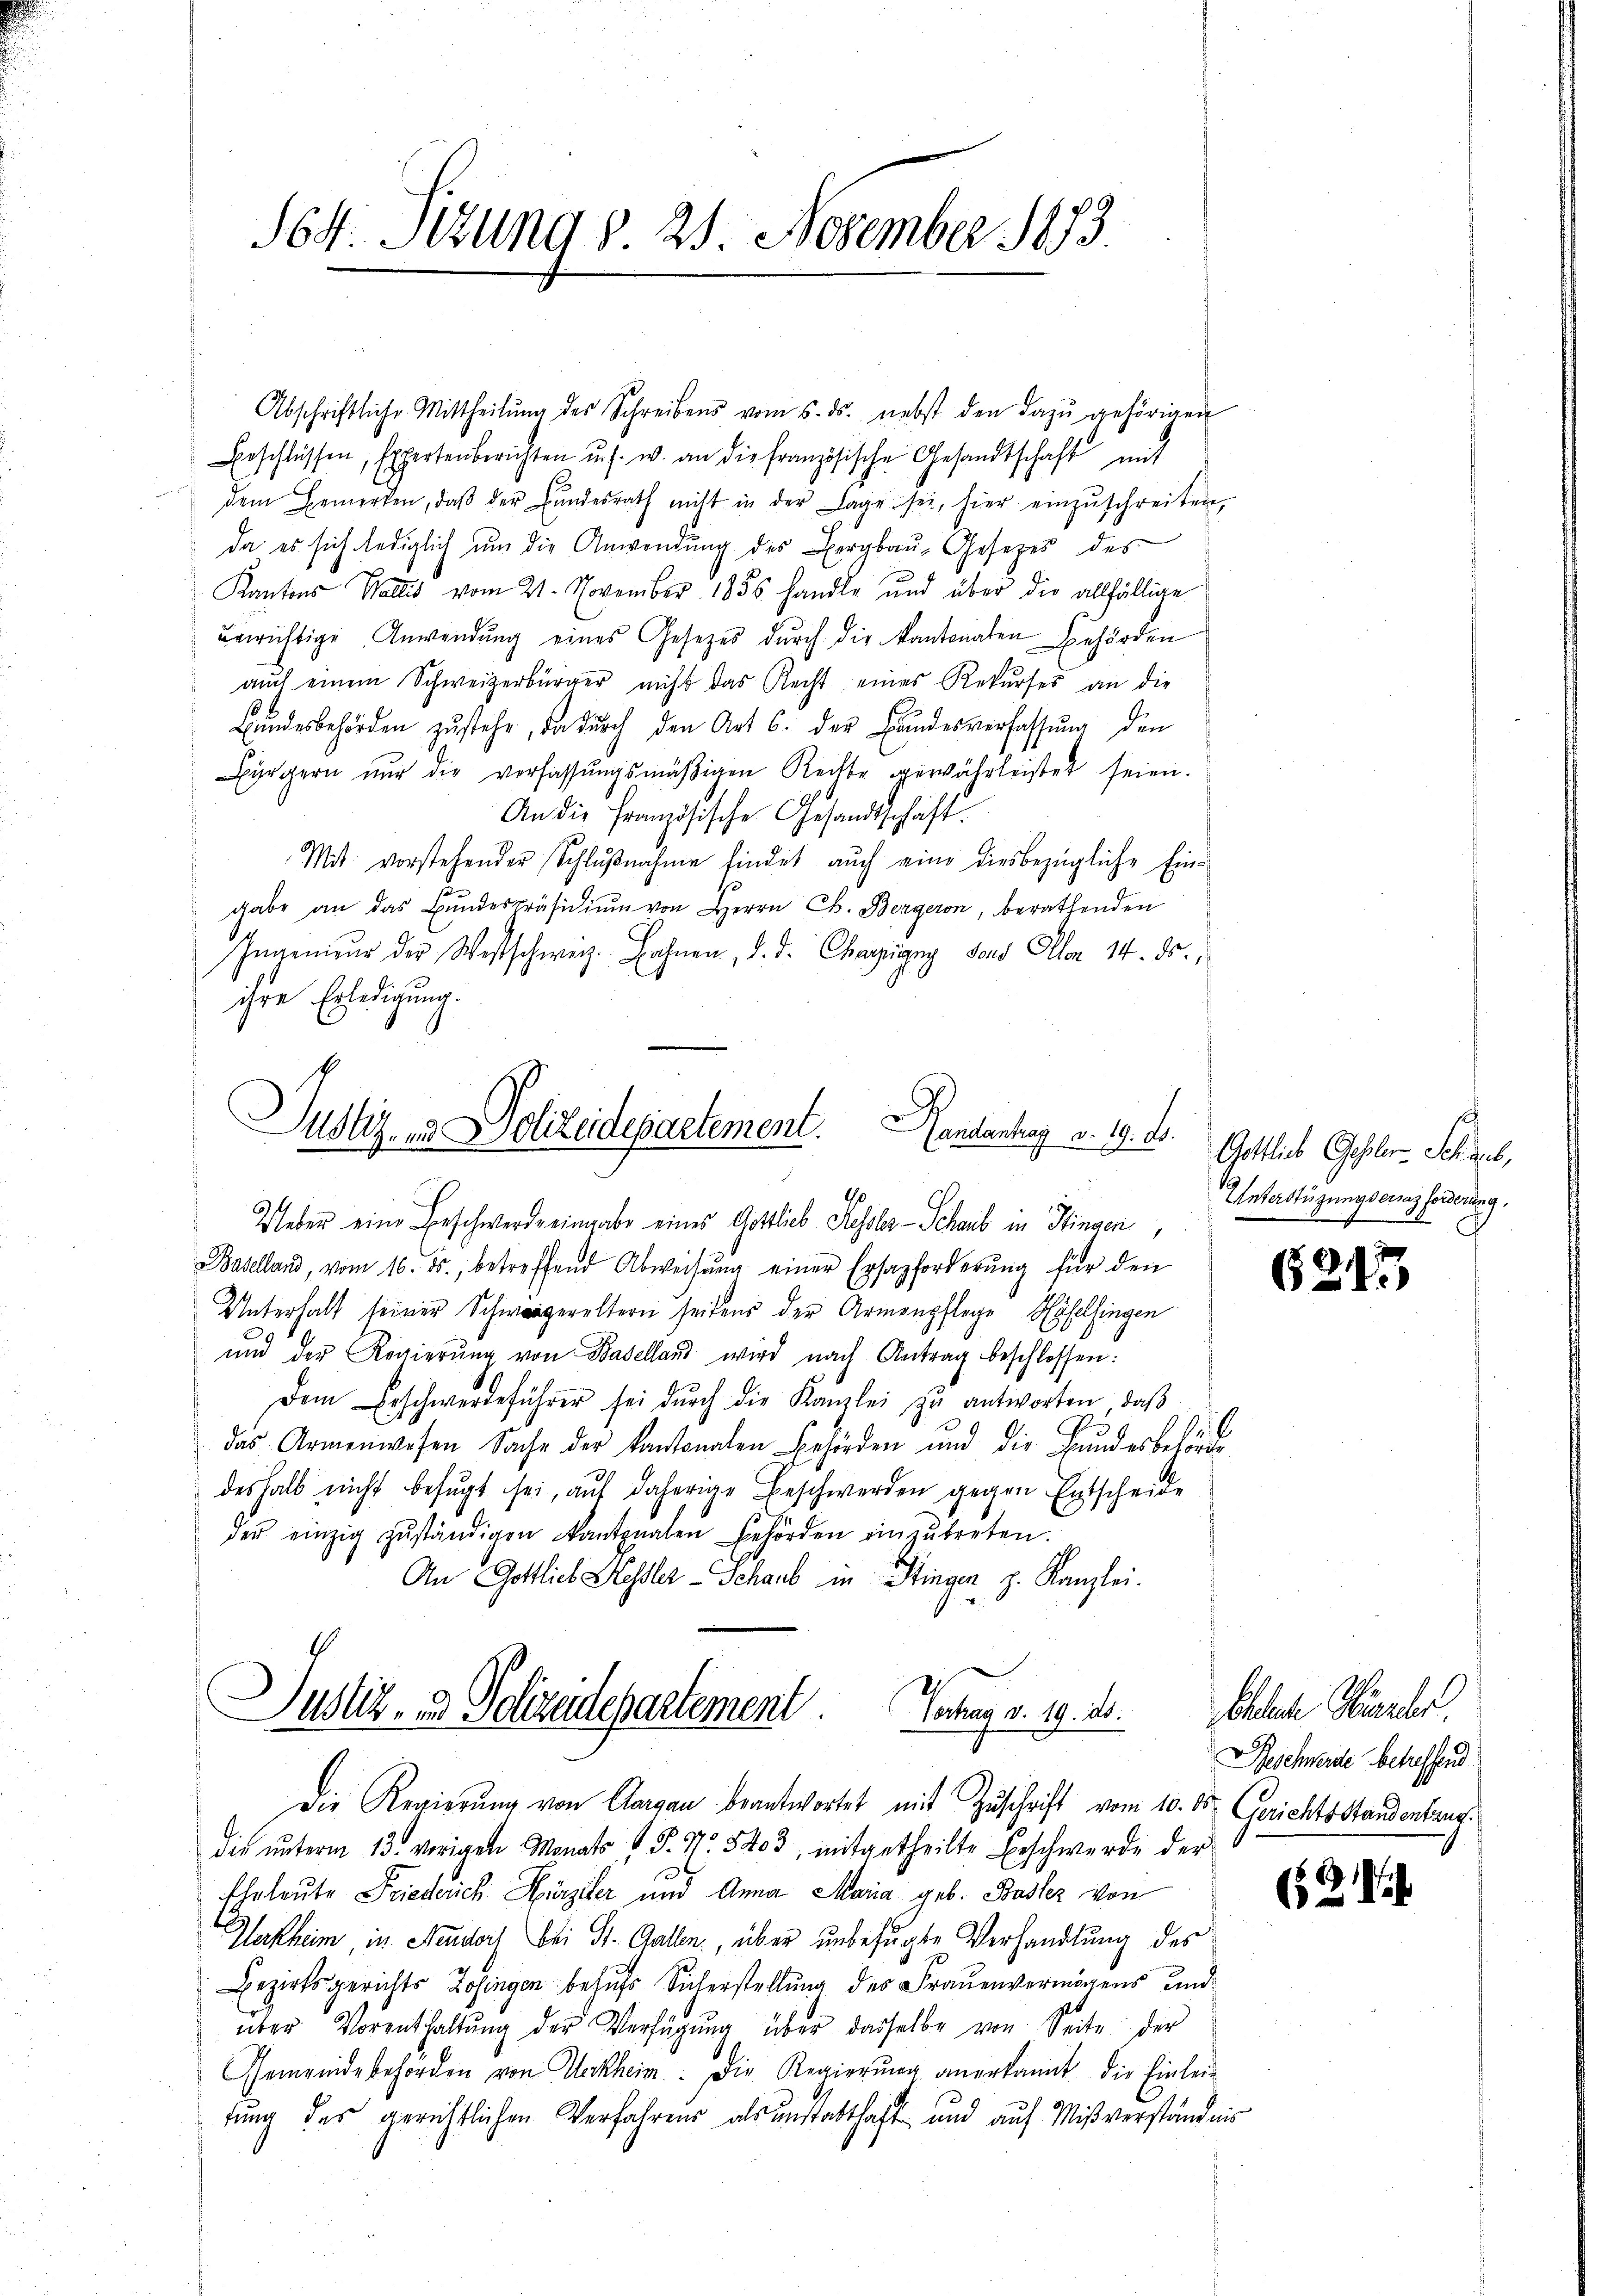
Sot. Itzung d. 25. November 1873

Abschriftliche Mittheilŭng des Schreibens vom 5. ds. nebst den dazŭ gehörigen
Erschlüssen, Expertenberichten u. s. w. an die französische Gesandtschaft mit
dem Bemerken, daβ der Bŭndesrath nicht in der Lage sei, hier einzŭschreiten,
da es sich lediglich um die Anwendung des Bergbau, Gesetzes des
Kantons Wallis vom 21. November 1856 handle und über die allfällige
unrichtige Anwendŭng eines Gesetzes durch die Kantonalen Behörden
aŭch einem Schweizerbürger nicht das Recht eines Rekŭrses an die
Bŭndesbehörden zŭstehe, da durch den Art 6. der Bŭndesverfassung den
Bürgern nŭr die verfassŭngsmäβigen Rechte gewährleistet seien.
An die französische Gesandtschaft.
Mit vorstehender Schlŭβnahme findet auch eine diesbezügliche Eins
gabe an das Bŭndespräsidiŭm von Herrn Ch. Bergeron, berathenden
Ingenieur der Westschweiz. Hahnen, d. d. Charzigung sons Allen 14. ds.,
ihre Erledigung.

Justiz- & Polizeidepartement. Handantrag v. 19. ds. Gottlich Geseler-Schaub,
G
Ueber eine Beschwerde eingabe eines Gottlieb Kessler-Schaub in Stingen,

Baselland, vom 16. ds., betreffend Abweisŭng einer Ersazforderŭng für den
Unterhalt seiner Schwagereltern seitens der Armenpflege Häfelsingen
und der Regierŭng von Baselland wird nach Antrag beschlossen:
Dem Beschwerdeführer sei dŭrch die Kanzlei zŭ antworten, daβ
das Armenwesen Sache der kantonalen Behörden und die Bundesbehörde
deshalb nicht befugt sei, auf daherige Beschwerden gegen Entscheide
der einzig zŭständigen kantonalen Behörden einzŭtreten.
An Gottlieb Kessler-Schaub in Stingen z. Kanzlei.

Justiz- & Polizeidepartement. Vortrag v. 19. 20.
Die Regierung von Aargau beantwortet mit Zuschrift vom 10. ds. Gerichtsstandentaug¬

die unterm 13. vorigen Monats 15. No. 5403, mitgetheilte Beschwerde der
Eheleute Friederich Hürziler und Anna Maria geb. Baslez von
Herkheim, in Neudorf bei St. Gallen, über unbefugte Verhandlung des
Bezirksgerichts Zofingen behufs Sicherstellung des Frauenvermögens und
über Vorenthaltŭng der Verfügŭng über dasselbe von Seite der
Gemeindebehörden von Werkheim. Die Regierŭng anerkannt, die Einlei-
tung des gerichtlichen Verfahrens als anstatthaft und auf Mißverständnis

Unterstüzungservaz forderung.

82/

1

Eheleuche Hierber.
Beschwerde betreffend

(